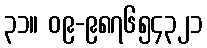
၃၁။ ၀၉-၉၈၇၆၅၄၃၂၁